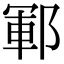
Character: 鄆